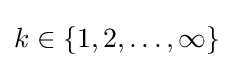
k\in \{1,2,\dots ,\infty \}